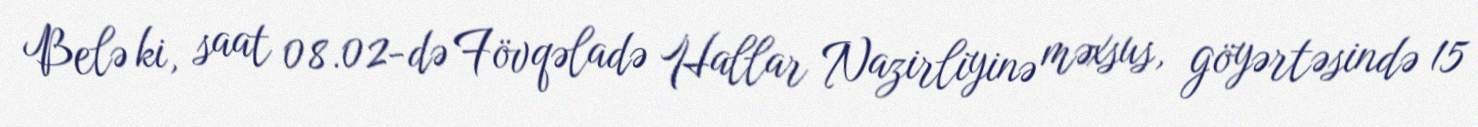
Belə ki, saat 08.02-də Fövqəladə Hallar Nazirliyinə məxsus, göyərtəsində 15